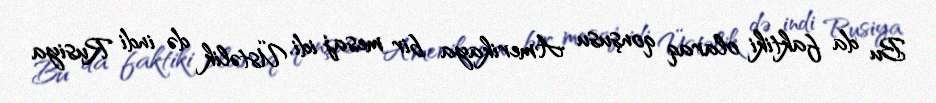
Bu da faktiki olaraq qonşusu Amerikaya bir mesaj idi. Üstəlik də indi Rusiya